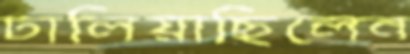
ঢালিয়াছিলেন